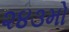
૨૪૩મો